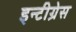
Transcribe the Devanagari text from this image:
इन्टीग्रेस